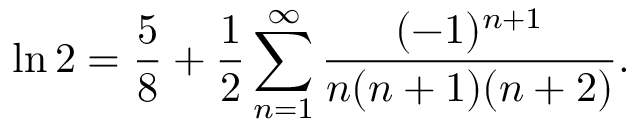
\ln 2 = { \frac { 5 } { 8 } } + { \frac { 1 } { 2 } } \sum _ { n = 1 } ^ { \infty } { \frac { ( - 1 ) ^ { n + 1 } } { n ( n + 1 ) ( n + 2 ) } } .